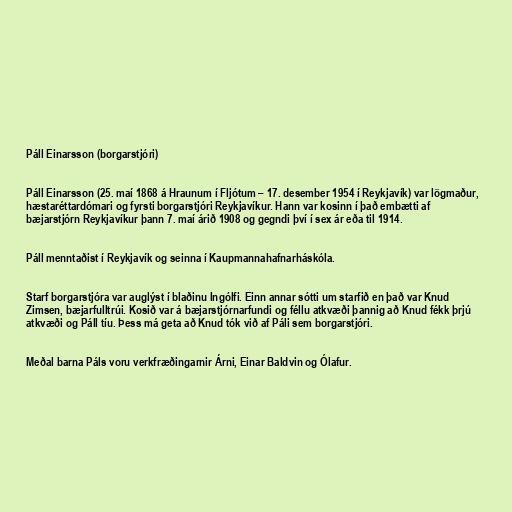
Páll Einarsson (borgarstjóri)

Páll Einarsson (25. maí 1868 á Hraunum í Fljótum – 17. desember 1954 í Reykjavík) var lögmaður,
hæstaréttardómari og fyrsti borgarstjóri Reykjavíkur. Hann var kosinn í það embætti af
bæjarstjórn Reykjavíkur þann 7. maí árið 1908 og gegndi því í sex ár eða til 1914.

Páll menntaðist í Reykjavík og seinna í Kaupmannahafnarháskóla.

Starf borgarstjóra var auglýst í blaðinu Ingólfi. Einn annar sótti um starfið en það var Knud
Zimsen, bæjarfulltrúi. Kosið var á bæjarstjórnarfundi og féllu atkvæði þannig að Knud fékk þrjú
atkvæði og Páll tíu. Þess má geta að Knud tók við af Páli sem borgarstjóri.

Meðal barna Páls voru verkfræðingarnir Árni, Einar Baldvin og Ólafur.